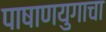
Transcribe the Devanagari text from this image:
पाषाणयुगाचा